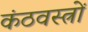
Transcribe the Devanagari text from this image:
कंठवस्त्रों